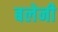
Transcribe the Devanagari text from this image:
बलेनी